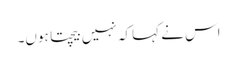
اس نے کہا کہ نہیں بیچتا ہوں۔